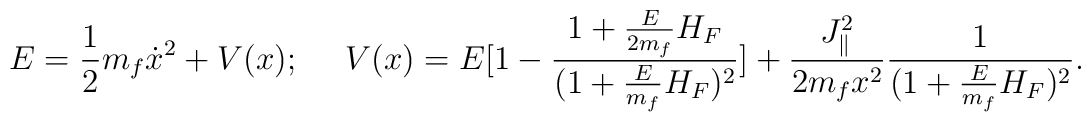
E={1\over 2}m_f\dot{x}^2+V(x);\ \ \ \ V(x)=E[1-{{1+{E\over{2m_f}}H_F}\over{(1+{E\over{m_f}}H_F)^2}}]+{{J^2_{\parallel}}\over{2m_fx^2}}{1\over{(1+{E\over {m_f}}H_F)^2}}.